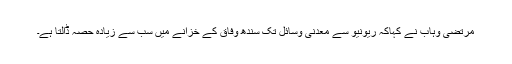
مرتضی وہاب نے کہاکہ ریونیو سے معدنی وسائل تک سندھ وفاق کے خزانے میں سب سے زیادہ حصہ ڈالتا ہے۔